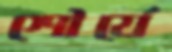
শৌর্যে